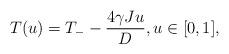
LaTeX: \begin{align*} T(u) = T_--\frac{4\gamma Ju}{D}, u\in[0,1], \end{align*}